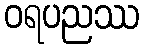
ဝရပညဿ